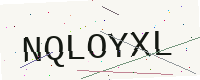
Text: NQLOYXL